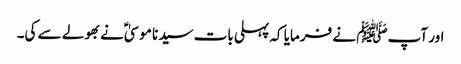
اور آپﷺ نے فرمایا کہ پہلی بات سیدنا موسیٰؑ نے بھولے سے کی۔